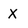
Character: X